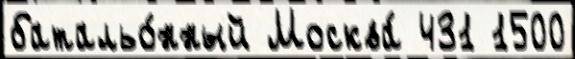
батальо́нный Москва́ 431 1500